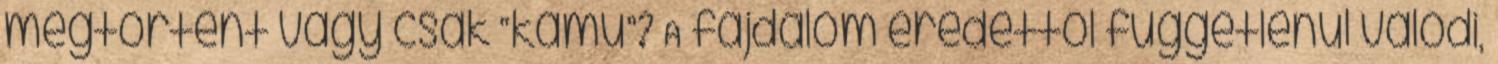
megtörtént vagy csak “kamu”? A fájdalom eredettől függetlenül valódi,